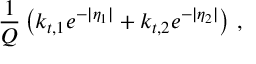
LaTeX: \frac { 1 } { Q } \left( k _ { t , 1 } e ^ { - | \eta _ { 1 } | } + k _ { t , 2 } e ^ { - | \eta _ { 2 } | } \right) \, ,